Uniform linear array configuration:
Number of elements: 64
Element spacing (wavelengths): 1
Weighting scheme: kaiser
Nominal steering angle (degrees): -15
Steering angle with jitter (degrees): -15.564
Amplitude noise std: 0.05
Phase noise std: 0.05

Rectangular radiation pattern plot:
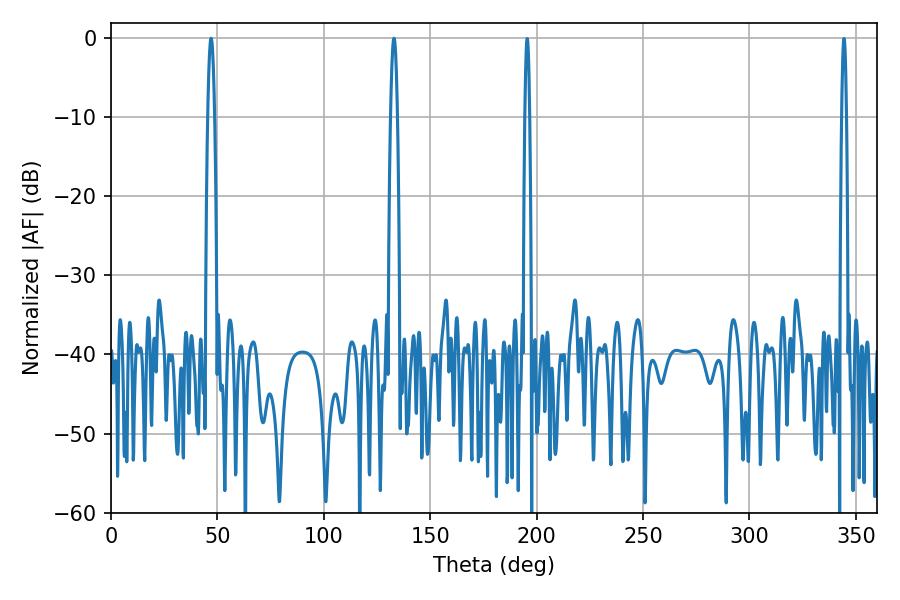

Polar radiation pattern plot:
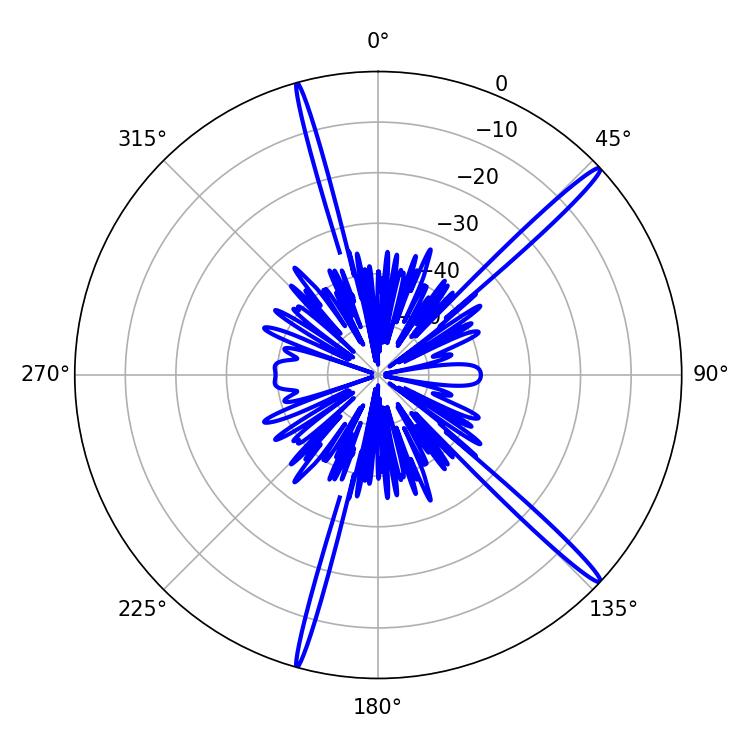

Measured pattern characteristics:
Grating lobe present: TRUE
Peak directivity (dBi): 17.323
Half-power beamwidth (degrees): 1.62
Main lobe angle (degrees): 133.02